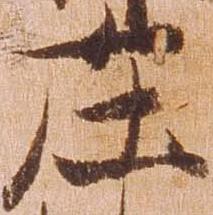
庄